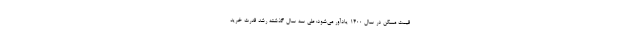
قیمت مسکن در سال ۱۴۰۰ یادآور می‌شود: طی سه سال گذشته رشد قدرت خرید